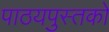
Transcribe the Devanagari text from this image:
पाठयपुस्तको